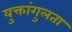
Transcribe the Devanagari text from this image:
युक्तांगुलता